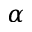
\alpha